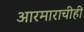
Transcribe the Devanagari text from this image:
आरमाराचीही